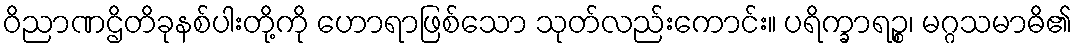
ဝိညာဏဌိတိခုနစ်ပါးတို့ကို ဟောရာဖြစ်သော သုတ်လည်းကောင်း။ ပရိက္ခာရဉ္စ၊ မဂ္ဂသမာဓိ၏